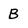
Character: B